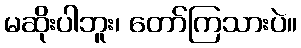
မဆိုးပါဘူး၊ တော်ကြသားပဲ။